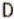
D